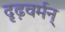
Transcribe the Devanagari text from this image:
दृढ़वर्मन्